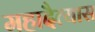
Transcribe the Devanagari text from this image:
महादैत्यास